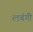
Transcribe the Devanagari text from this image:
लबंगी